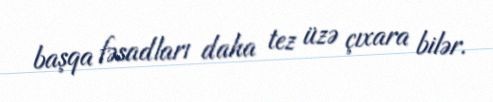
başqa fəsadları daha tez üzə çıxara bilər.